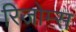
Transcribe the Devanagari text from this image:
रिजोम्‍स